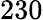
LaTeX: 230